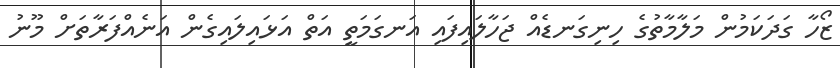
ޒޯހާ ގަދަކަމުން މަލާމާތުގެ ހިނިގަނޑެއް ޖަހާލައިފައި އަނގަމަތީ އަތް އަޅައިލައިގެން އަނެއްފަރާތަށް މޫނު